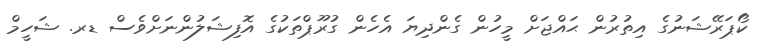
ކޯޕަރޭޝަނުގެ އިތުރުން ޙައްޖަށް މީހުން ގެންދިޔަ އެހެން ގުރޫޕްތަކުގެ އޮފިޝަލުންނަށްވެސް ޑރ. ޝަހީމް